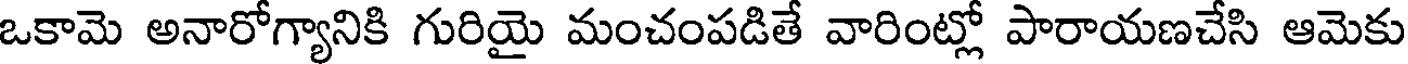
ఒకామె అనారోగ్యానికి గురియై మంచంపడితే వారింట్లో పారాయణచేసి ఆమెకు